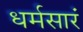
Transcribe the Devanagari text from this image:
धर्मसारं